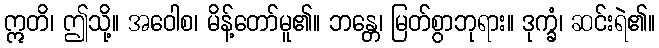
ဣတိ၊ ဤသို့။ အဝေါစ၊ မိန့်တော်မူ၏။ ဘန္တေ၊ မြတ်စွာဘုရား။ ဒုက္ခံ၊ ဆင်းရဲ၏။